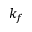
k _ { f }